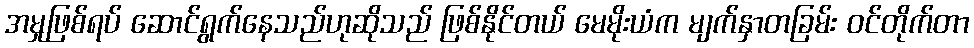
အမှုဖြစ်ရပ် ဆောင်ရွက်နေသည်ဟုဆိုသည် ဖြစ်နိုင်တယ် မေမိုးယံက မျက်နှာတခြမ်း ဝင်တိုက်တာ